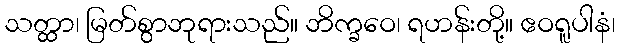
သတ္ထာ၊ မြတ်စွာဘုရားသည်။ ဘိက္ခဝေ၊ ရဟန်းတို့။ ဧဝရူပါနံ၊